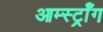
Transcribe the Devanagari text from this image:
आर्म्स्ट्राँग